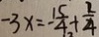
- 3 x = - \frac { 1 5 } { 4 } + \frac { 2 } { 4 }